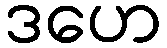
ဒဟေ